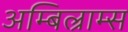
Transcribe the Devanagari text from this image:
अम्बिल्राम्स